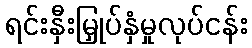
ရင်းနှီးမြှုပ်နှံမှုလုပ်ငန်း